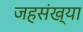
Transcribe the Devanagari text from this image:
जहसंख्या